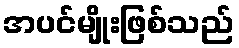
အပင်မျိုးဖြစ်သည်